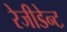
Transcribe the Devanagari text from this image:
रेजीडेन्ट